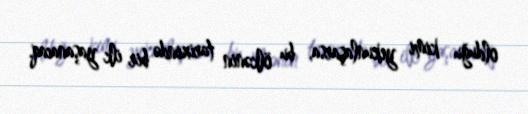
olduğu kimi yekunlaşarsa, bu ölkənin tarixində bir ilk yaşanacaq.